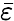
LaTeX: \bar{\varepsilon}